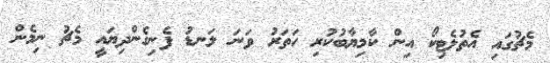
މެޗުގައި އެތުލެޓިކޯ އިން ކާމިޔާބުކުރި ހަތަރު ވަނަ ލަނޑު ފެނިގެންދިޔައީ މެޗު ނިމެން